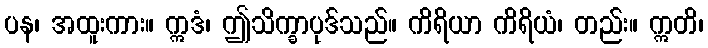
ပန၊ အထူးကား။ ဣဒံ၊ ဤသိက္ခာပုဒ်သည်။ ကိရိယာ ကိရိယံ၊ တည်း။ ဣတိ၊